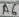
Text: A6